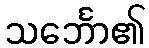
သင်္ဘော၏